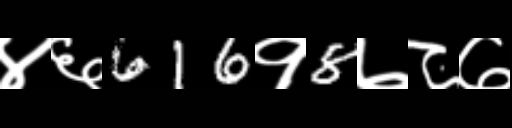
Text: ४६616१8७८७